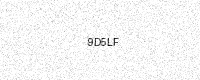
Text: 9D5LF